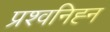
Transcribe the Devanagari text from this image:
प्रश्वनिह्न